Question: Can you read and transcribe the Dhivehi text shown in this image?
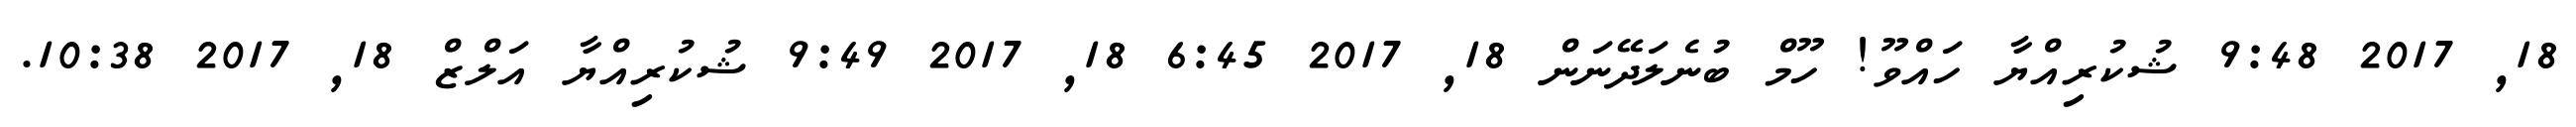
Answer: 18, 2017 9:48 ޝުކުރިއްޔާ ހައްވޫ! ހޫމް ބުނެލަދޭނަން 18, 2017 6:45 18, 2017 9:49 ޝުކުރިއްޔާ އަލްޒް 18, 2017 10:38.